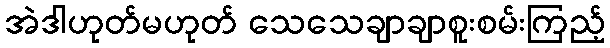
အဲဒါဟုတ်မဟုတ် သေသေချာချာစူးစမ်းကြည့်